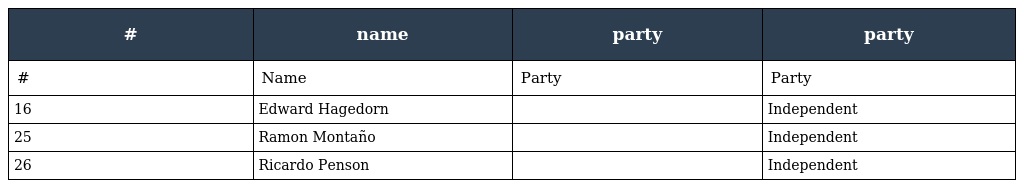
| # | name | party | party |
 | --- | --- | --- | --- |
 | # | Name | Party | Party |
 | 16 | Edward Hagedorn |  | Independent |
 | 25 | Ramon Montaño |  | Independent |
 | 26 | Ricardo Penson |  | Independent |